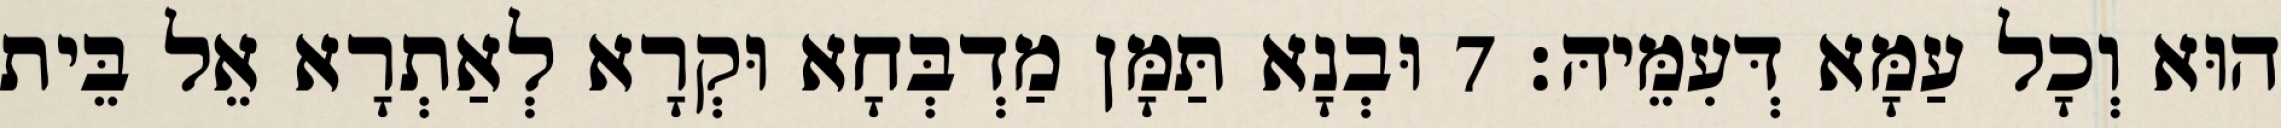
הוּא וְכָל עַמָּא דְּעִמֵּיהּ׃ 7 וּבְנָא תַּמָּן מַדְבְּחָא וּקְרָא לְאַתְרָא אֵל בֵּית